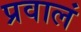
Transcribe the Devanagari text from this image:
प्रवालं